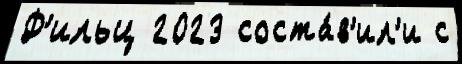
Ф'ильц 2023 соста́в'ил'и с